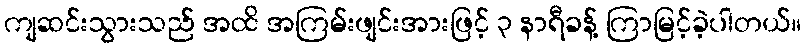
ကျဆင်းသွားသည် အထိ အကြမ်းဖျင်းအားဖြင့် ၃ နာရီခန့် ကြာမြင့်ခဲ့ပါတယ်။